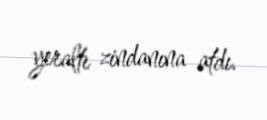
yeraltı zindanına atdı.